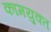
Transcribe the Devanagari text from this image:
कामयुक्त